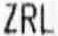
ZRL